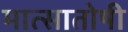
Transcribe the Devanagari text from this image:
मात्सातोषी